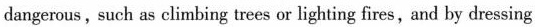
dangerous,such as climbing trees or lighting fires,and by dressing